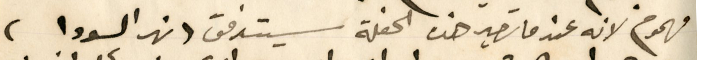
مهموم لانه عندما تصير هذه الحفلة سيتدفق ( نهر السودا )